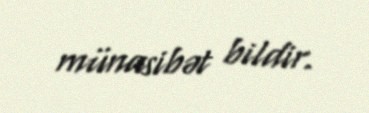
münasibət bildir.